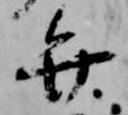
弁